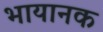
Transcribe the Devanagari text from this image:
भायानक